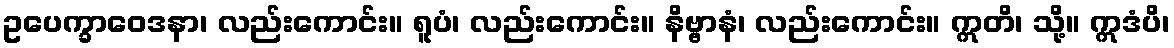
ဥပေက္ခာဝေဒနာ၊ လည်းကောင်း။ ရူပံ၊ လည်းကောင်း။ နိဗ္ဗာနံ၊ လည်းကောင်း။ ဣတိ၊ သို့။ ဣဒံပိ၊